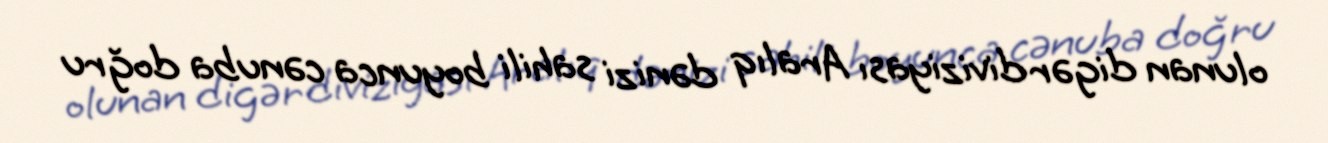
olunan digər diviziyası Aralıq dənizi sahili boyunca cənuba doğru